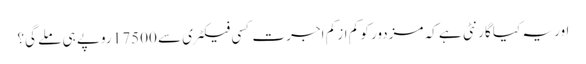
اور یہ کیا گارنٹی ہے کہ مزدور کو کم از کم اجرت کسی فیکٹری سے 17500 روپے ہی ملے گی؟